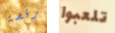
رقصة تلعبوا